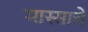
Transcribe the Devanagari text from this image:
मास्साचे